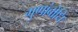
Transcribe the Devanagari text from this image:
गुणांबोधि